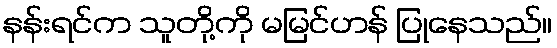
နန်းရင်က သူတို့ကို မမြင်ဟန် ပြုနေသည်။